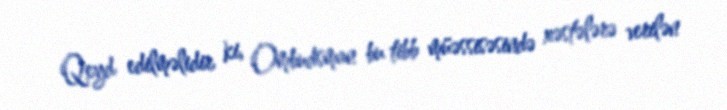
Qeyd edilməlidir ki, Ombudsman bu tibb müəssisəsində xəstələrə verilən